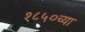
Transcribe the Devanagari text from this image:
१८५०च्या